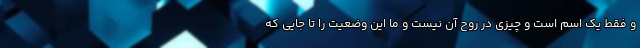
و فقط یک اسم است و چیزی در روح آن نیست و ما این وضعیت را تا جایی که